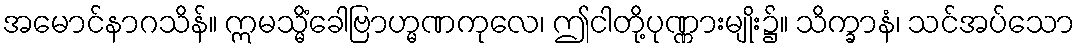
အမောင်နာဂသိန်။ ဣမသ္မိံခေါဗြာဟ္မဏကုလေ၊ ဤငါတို့ပုဏ္ဏားမျိုး၌။ သိက္ခာနံ၊ သင်အပ်သော